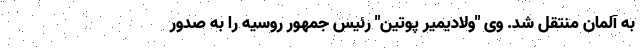
به آلمان منتقل شد. وی "ولادیمیر پوتین" رئیس جمهور روسیه را به صدور